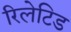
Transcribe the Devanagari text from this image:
रिलेटिड